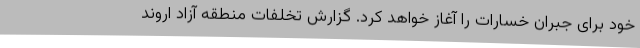
خود برای جبران خسارات را آغاز خواهد کرد. گزارش تخلفات منطقه آزاد اروند